Code of medical and sanitary regulations for the guidance of medical officers serving in the Madras Presidency - Volume I
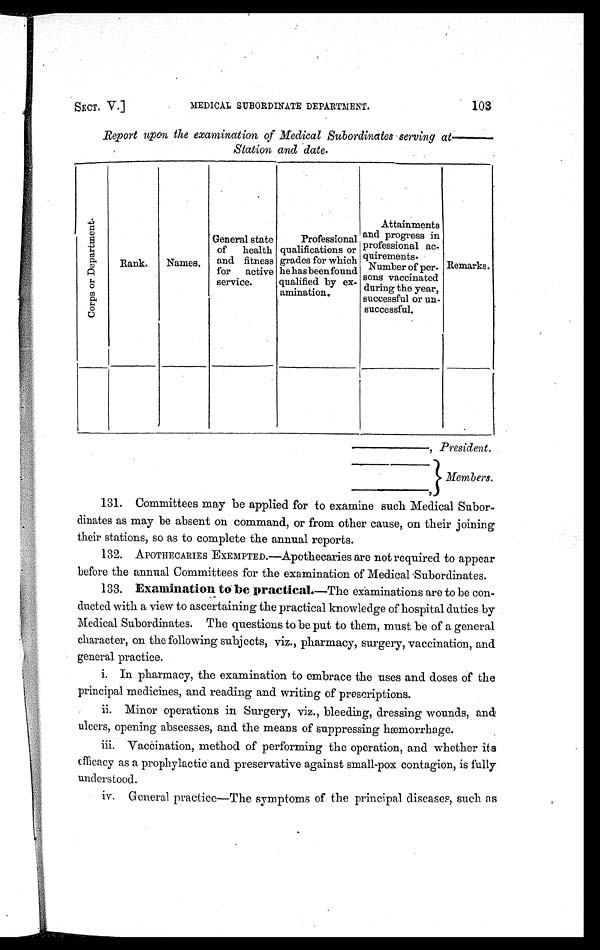
SECT. V.] MEDICAL SUBORDINATE DEPARTMENT. 103
Report upon the examination of Medical Subordinates serving at
—Station and date.
C o r p s o r D e p a r t m e n t .
Rank. Names.
General state
of health
and fitness
for active
servi ce.
Professi onal
qualifications or
grades for which
he has been found
qualified by ex-
ami nat i on.
Attainments
and progress in
professional ac-
quirements. Number of per
sons vacci nated
during the year,
successful or un-
successful. Remarks.
President.
Members.
their stations, so as to complete the annual reports.
before the annual Committees for the examination of Medical Subordinates.
Medical Subordinates. The questions to be put to them, must be of a general
character, on the following subjects, viz., pharmacy, surgery, vaccination, and
general practice.
principal medicines, and reading and writing of prescriptions.
ulcers, opening abscesses, and the means of suppressing hæmorrhage.
efficacy as a prophylactic and preservative against small-pox contagion, is fully
understood.